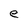
Character: e